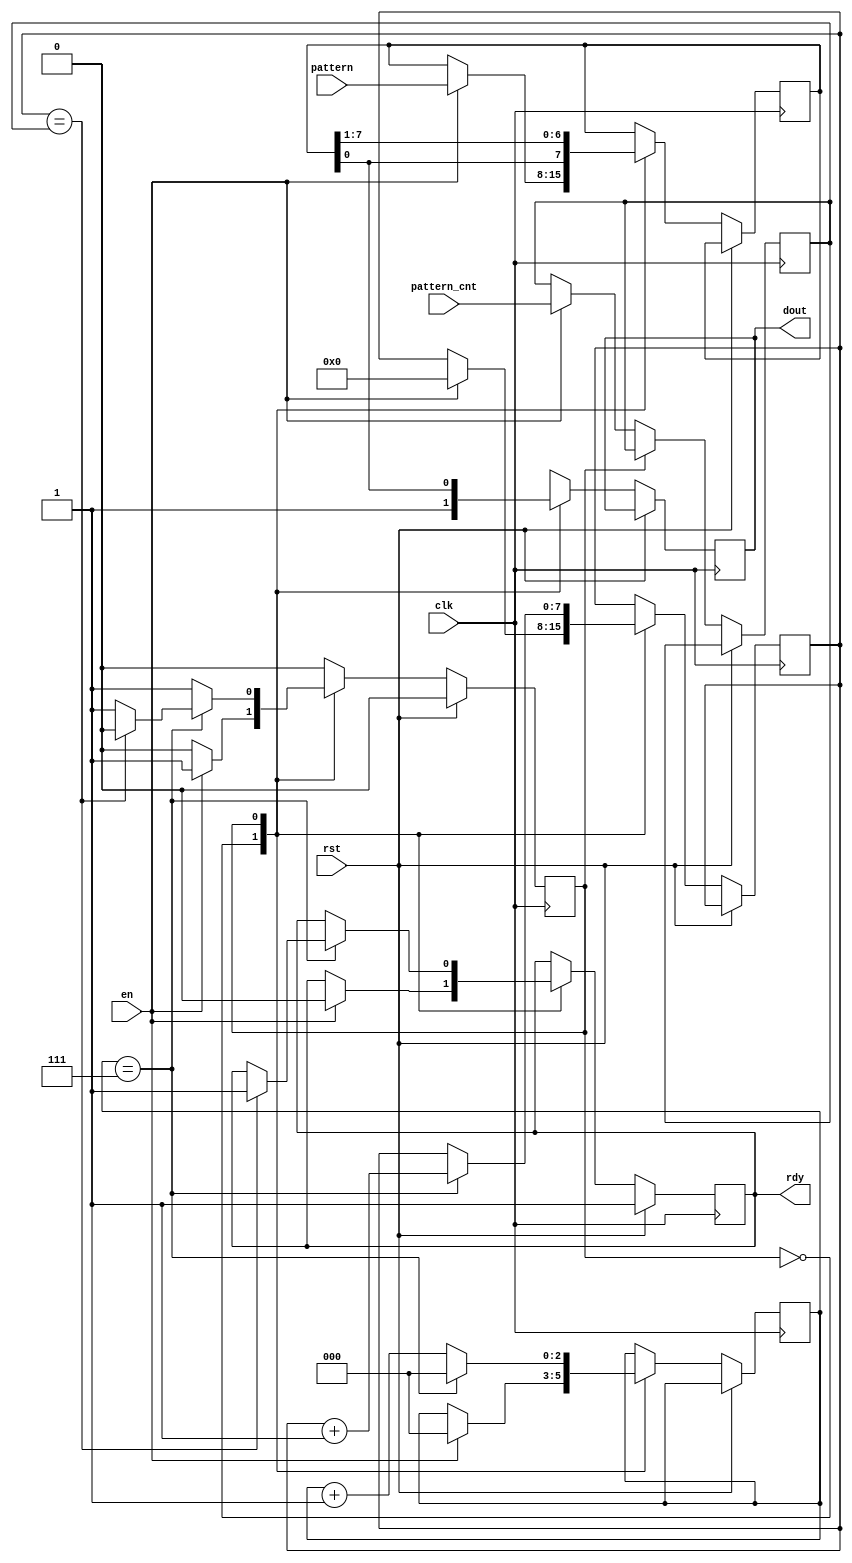
/*
 * Copyright (c) 2017, Toothless Consulting UG (haftungsbeschraenkt)
 * All rights reserved.
 *
 * Redistribution and use in source and binary forms, with or without
 * modification, are permitted provided that the following conditions are met:
 *
 * + Redistributions of source code must retain the above copyright notice,
 *   this list of conditions and the following disclaimer.
 * + Redistributions in binary form must reproduce the above copyright
 *   notice, this list of conditions and the following disclaimer in the
 *   documentation and/or other materials provided with the distribution.
 * + Neither the name arty-glitcher nor the names of its contributors may be
 *   used to endorse or promote products derived from this software without
 *   specific prior written permission.
 *
 * THIS SOFTWARE IS PROVIDED BY THE COPYRIGHT HOLDERS AND CONTRIBUTORS "AS IS"
 * AND ANY EXPRESS OR IMPLIED WARRANTIES, INCLUDING, BUT NOT LIMITED TO, THE
 * IMPLIED WARRANTIES OF MERCHANTABILITY AND FITNESS FOR A PARTICULAR PURPOSE
 * ARE DISCLAIMED. IN NO EVENT SHALL THE arty-glitcher PROJECT BE LIABLE FOR
 * ANY DIRECT, INDIRECT, INCIDENTAL, SPECIAL, EXEMPLARY, OR CONSEQUENTIAL
 * DAMAGES (INCLUDING, BUT NOT LIMITED TO, PROCUREMENT OF SUBSTITUTE GOODS OR
 * SERVICES; LOSS OF USE, DATA, OR PROFITS; OR BUSINESS INTERRUPTION) HOWEVER
 * CAUSED AND ON ANY THEORY OF LIABILITY, WHETHER IN CONTRACT, STRICT
 * LIABILITY, OR TORT (INCLUDING NEGLIGENCE OR OTHERWISE) ARISING IN ANY WAY
 * OUT OF THE USE OF THIS SOFTWARE, EVEN IF ADVISED OF THE POSSIBILITY OF SUCH
 * DAMAGE.
 *
 *
 */

module pattern (
    input wire          clk,
    input wire          rst,
    input wire          en,
    input wire [7:0]    pattern,
    input wire [7:0]    pattern_cnt,
    output reg          dout = 1'b1,
    output reg          rdy = 1'b1
);

parameter STATE_IDLE = 1'b0;
parameter STATE_RUN = 1'b1;

reg state = STATE_IDLE;

reg [7:0] cnt;
reg [7:0] data;

reg [2:0] bit_cnt;
reg [7:0] byte_cnt;

always @(posedge clk) begin
    if (rst)
    begin
        // reset
        state <= STATE_IDLE;
        rdy <= 1'b1;
    end
    else
    begin
        state <= state;
        cnt <= cnt;
        data <= data;
        bit_cnt <= bit_cnt;
        dout <= dout;
        rdy <= rdy;

        case(state)
            STATE_IDLE:
            begin
                dout <= 1'b1;
                if(en)
                begin
                    data <= pattern;
                    cnt <= pattern_cnt;
                    bit_cnt <= 3'd0;
                    byte_cnt <= 8'd0;
                    state <= STATE_RUN;
                    rdy <= 1'b0;
                end
            end
            STATE_RUN:
            begin
                bit_cnt <= bit_cnt + 1'b1;
                data <= {data[0], data[7:1]};
                dout <= data[0];

                if(bit_cnt == 3'd7)
                begin
                    byte_cnt <= byte_cnt + 1'b1;
                    bit_cnt <= 8'd0;
                    if(byte_cnt == cnt)
                    begin
                        state <= STATE_IDLE;
                        rdy <= 1'b1;
                    end
                end
            end
        endcase
    end
end

endmodule